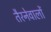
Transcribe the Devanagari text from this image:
तैरनेवालों